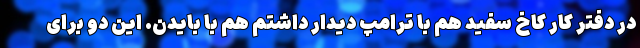
در دفتر کار کاخ سفید هم با ترامپ دیدار داشتم هم با بایدن. این دو برای